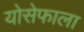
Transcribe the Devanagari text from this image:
योसेफाला